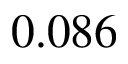
0 . 0 8 6